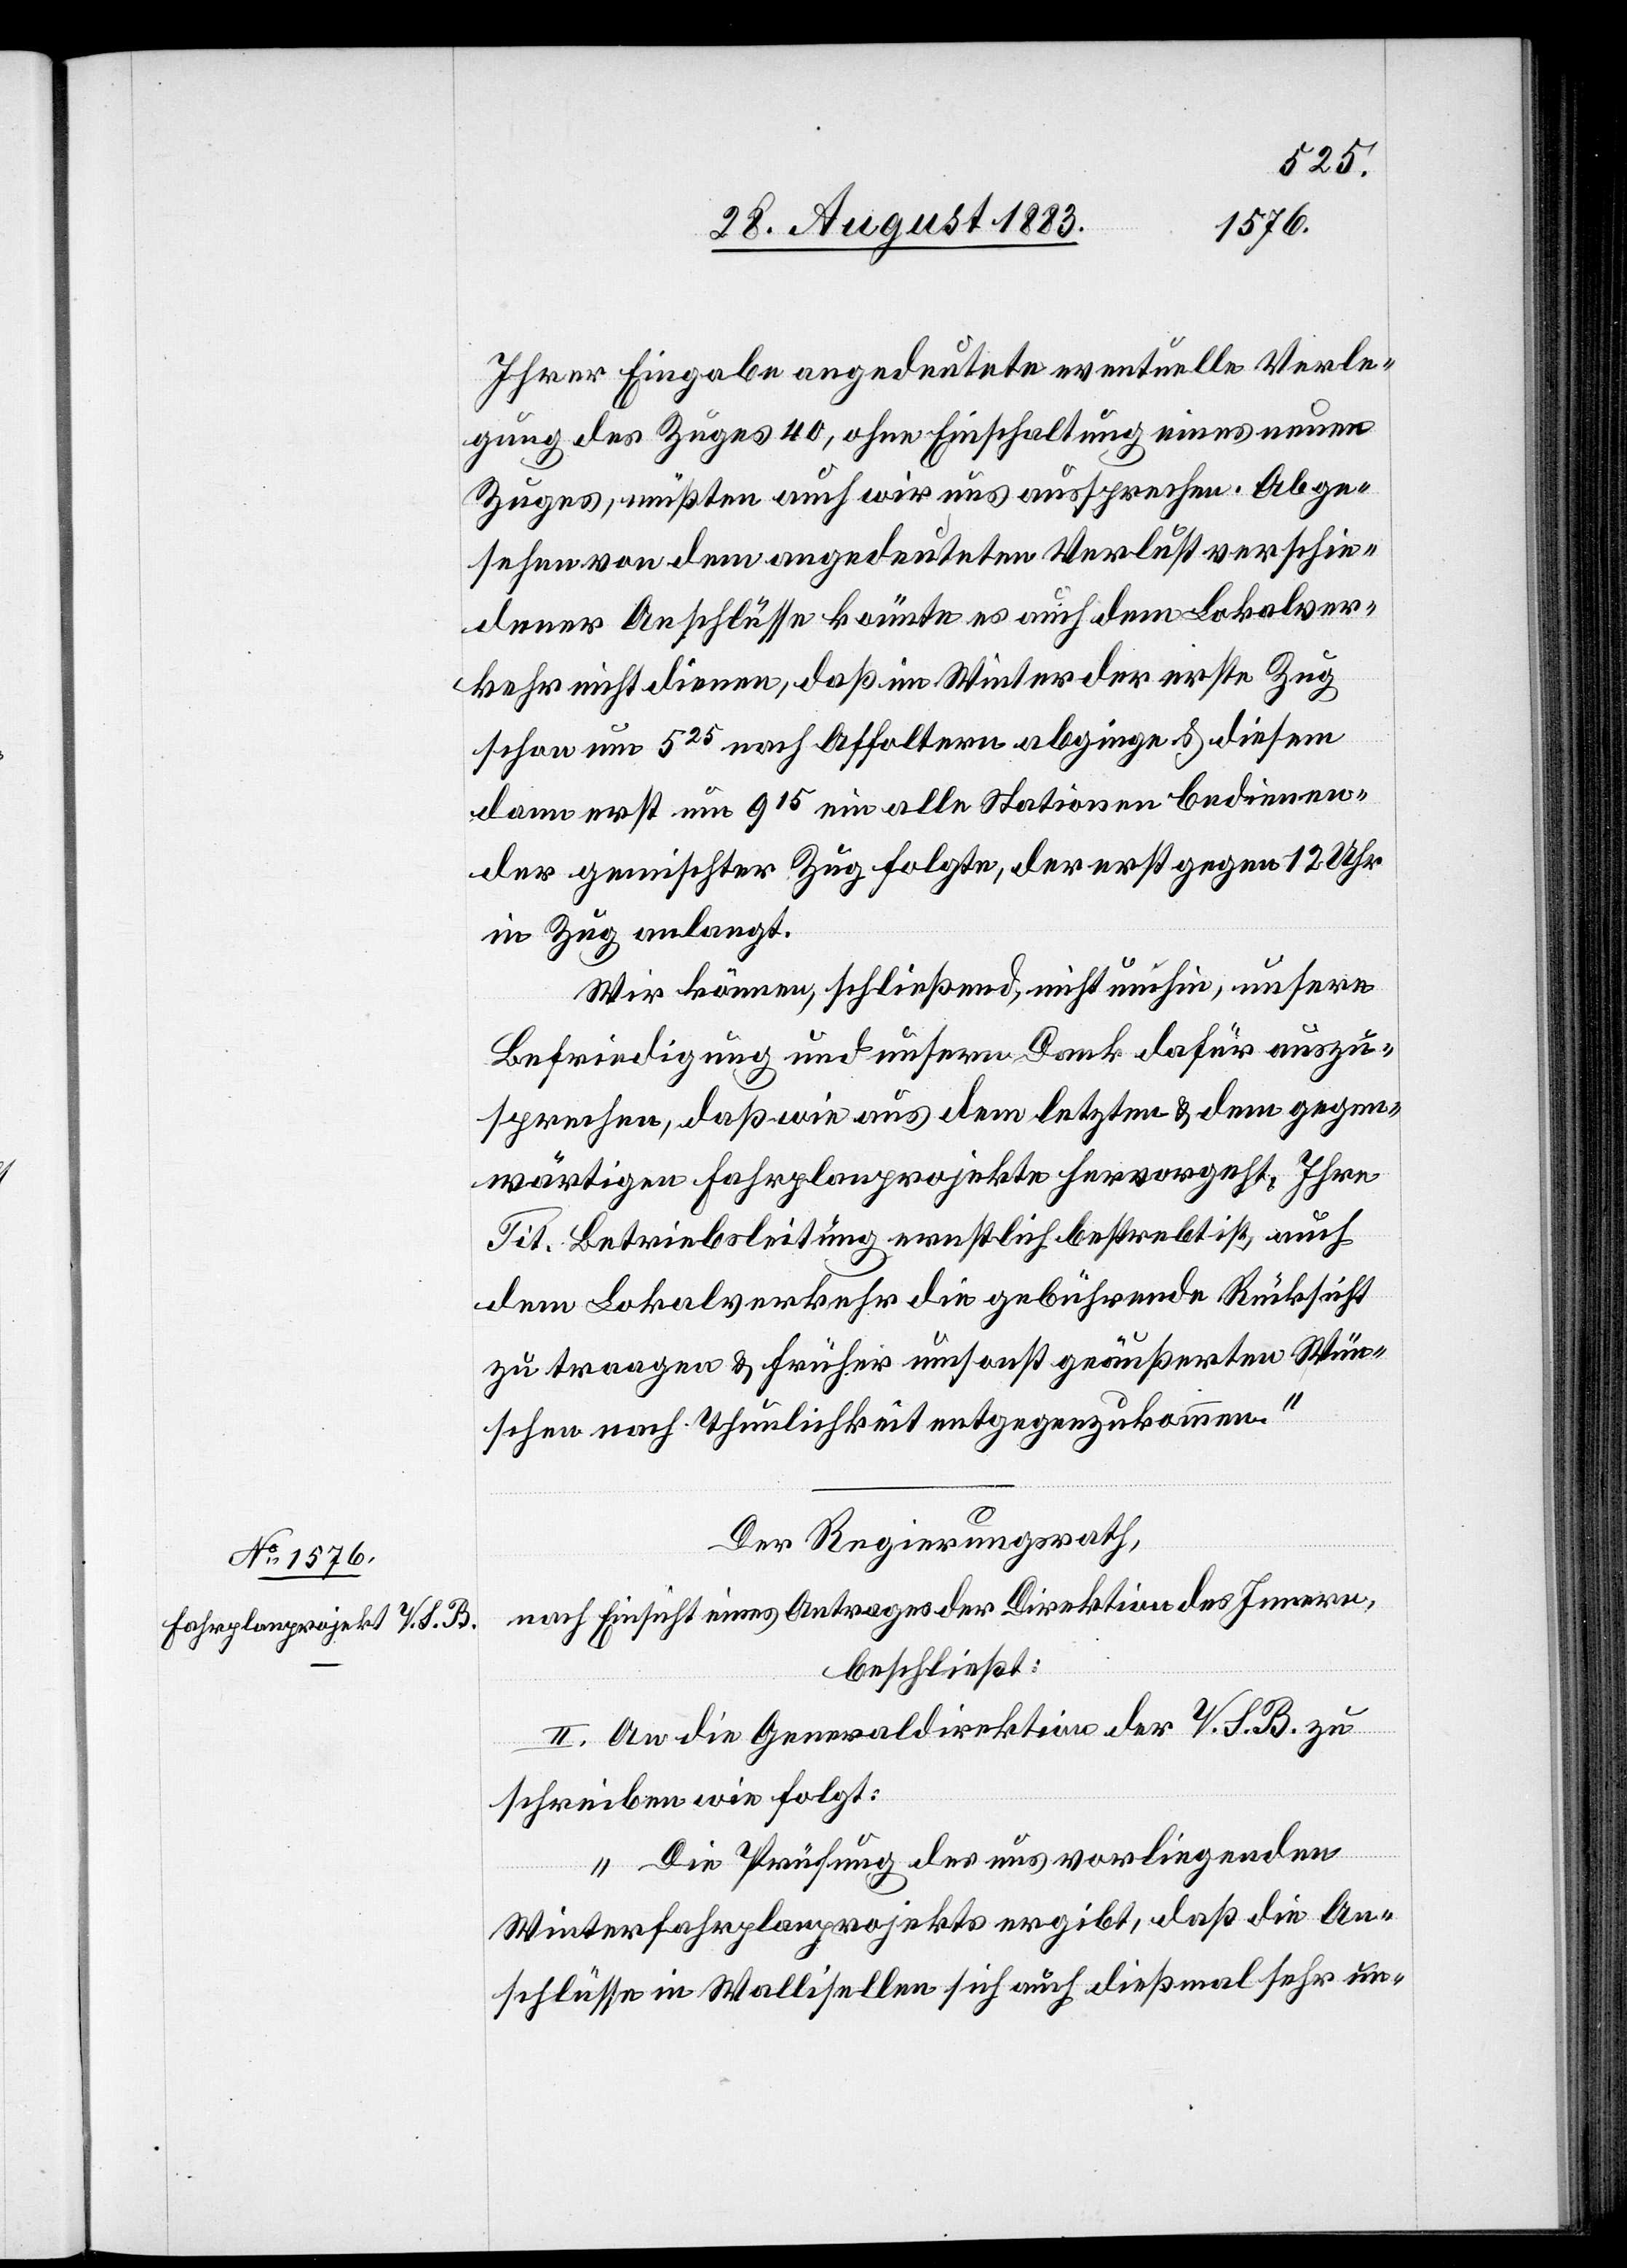
Ihrer Eingabe angedeutete eventuelle Verle¬
gung des Zuges 40, ohne Einschaltung eines neuen
Zuges, müßten auch wir uns aussprechen. Abge¬
sehen von dem angedeuteten Verlust verschie¬
dener Anschlüsse könnte es auch dem Lokalver¬
kehr nicht dienen, daß im Winter der erste Zug
schon um 525 nach Affoltern abginge & diesem
dann erst um 915 ein alle Stationen bedienen¬
der gemischter Zug folgte, der erst gegen 12 Uhr
in Zug anlangt.
Wir können, schließend, nicht umhin, unsere
Befriedigung und unsern Dank dafür auszu¬
sprechen, daß wie aus dem letzten & dem gegen¬
wärtigen Fahrplanprojekte hervorgeht, Ihre
Tit. Betriebsleitung ernstlich bestrebt ist, auch
dem Lokalverkehr die gebührende Rücksicht
zu traagen & früher umsonst geäußerten Wün¬
schen nach Thunlichkeit entgegenzukommen.“
Der Regierungsrath,
nach Einsicht eines Antrages der Direktion des Innern,
beschließt:
II. An die Generaldirektion der V. S. B. zu
schreiben wie folgt:
„Die Prüfung des uns vorliegenden
Winterfahrplanprojektes ergibt, daß die An¬
schlüsse in Wallisellen sich auch dießmal sehr un-